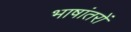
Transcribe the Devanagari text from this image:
भाषांतरों